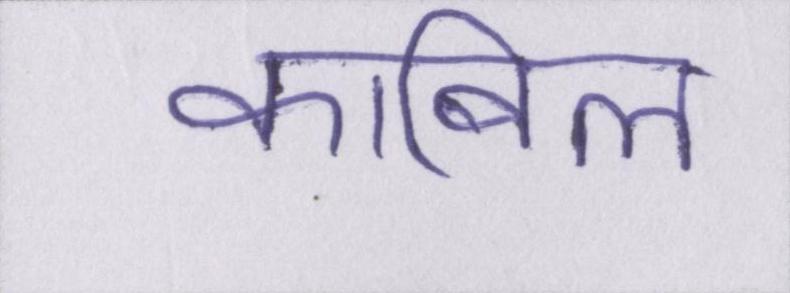
काबिल